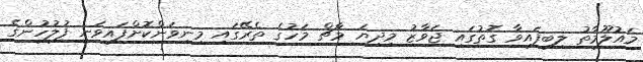
މައުލޫމާތު ލިބިފައިވާ ގޮތުގައި ޖަވާޒު މިދިޔަ މާޗް މަހުގެ ތެރޭގައި މިނިވަންކޮށްފައިވަނީ ފުލުހުންގެ